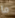
ما